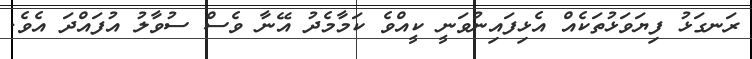
ރަނގަޅު ފިޔަވަޅުތަކެއް އެޅިފައިނުވަނީ ކީއްވެ ކަމާމެދު އޭނާ ވެސް ސުވާލު އުފައްދަ އެވެ.